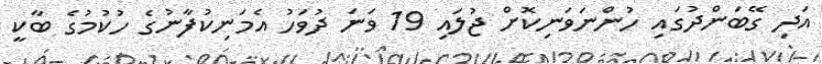
އަދި ގޭބަންދުގައި ހުންނަވަނިކޮށް ޖުލައި 19 ވަނަ ދުވަހު އެމަނިކުފާނުގެ ހުކުމުގެ ބާކީ